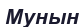
Мунын